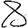
Digit: 8